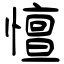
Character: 憻